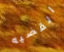
القضيه